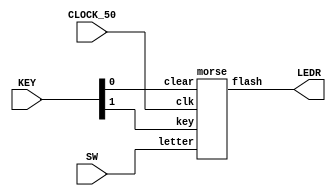
//Morse encoder with rate divider

//inputs
//SW[2:0]:		letter from s to z (000 = s ... 111 = z)
//KEY[0]:		reset (active low)
//KEY[1]:	 	process input (go)

//output
//LEDR[0]		output morse code


module morse_encoder(SW, KEY, CLOCK_50, LEDR);
	input [2:0] SW; 
	input [1:0] KEY;
	input CLOCK_50;
	output [0:0] LEDR;
	
	morse m(SW[2:0], KEY[1], CLOCK_50, KEY[0], LEDR[0]);
endmodule

module morse(letter, key, clk, clear, flash);
	input [2:0] letter;
	input key, clk, clear;
	
	wire [13:0] morse_code;
	
	output flash;
	
	wire [27:0] result;
	
	lut l(letter, morse_code);
	
	//2 Hz (d = 24,999,999)
	rate_divider rd(28'b0001011111010111100000111111, clk, clear, result);
	
	assign enable = (result == 28'b0000000000000000000000000000 ? 1 : 0);

	shifter s(morse_code, 1'b1, key, enable, clear, flash);
	
endmodule


module lut(letter,LUTout);
	input [2:0] letter;
	output [13:0] LUTout;
	
	reg [13:0] LUTout;
	
	always @(*)
	begin
		case (letter)
			3'b000: LUTout = 14'b00000000010101;
			3'b001: LUTout = 14'b00000000000111;
			3'b010: LUTout = 14'b00000001110101;
			3'b011: LUTout = 14'b00000111010101;
			3'b100: LUTout = 14'b00000111011101;
			3'b101: LUTout = 14'b00011101010111;
			3'b110: LUTout = 14'b01110111010111;
			3'b111: LUTout = 14'b00010101110111;
			default: LUTout = 14'b00000000000000;
		endcase
	end
endmodule

module rate_divider(d, clk, clear, q);
	input [27:0] d;
	input clk, clear;
	output [27:0] q;
	reg [27:0] q;
	
	always @(posedge clk)
	begin
		if (clear == 1'b0)
			q <= 28'b0000000000000000000000000000;
		else if (q == 28'b0000000000000000000000000000)
			q <= d;
		else if (d == 28'b0000000000000000000000000000)
			q <= d;
		else
			q <= q - 1'b1;
	end
endmodule

module shifter(load_val, ShiftRight, load_n, clk, reset_n, shift_out);
	input [13:0] load_val;
	input load_n, ShiftRight, clk, reset_n;
	wire [13:0] Q;
	
	output shift_out;
	
	//Q[0] to LEDR[0]
	assign shift_out = Q[0];

	shifter_bit s1(
					.load_val(load_val[13]),
					.in(1'b0),
					.shift(ShiftRight),
					.load_n(load_n),
					.clk(clk),
					.reset_n(reset_n),
					.out(Q[13])
					);
	
	shifter_bit s2(
					.load_val(load_val[12]),
					.in(Q[13]),
					.shift(ShiftRight),
					.load_n(load_n),
					.clk(clk),
					.reset_n(reset_n),
					.out(Q[12])
					);
					
	shifter_bit s3(
					.load_val(load_val[11]),
					.in(Q[12]),
					.shift(ShiftRight),
					.load_n(load_n),
					.clk(clk),
					.reset_n(reset_n),
					.out(Q[11])
					);
	
	shifter_bit s4(
					.load_val(load_val[10]),
					.in(Q[11]),
					.shift(ShiftRight),
					.load_n(load_n),
					.clk(clk),
					.reset_n(reset_n),
					.out(Q[10])
					);
	
	shifter_bit s5(
					.load_val(load_val[9]),
					.in(Q[10]),
					.shift(ShiftRight),
					.load_n(load_n),
					.clk(clk),
					.reset_n(reset_n),
					.out(Q[9])
					);
					
	shifter_bit s6(
					.load_val(load_val[8]),
					.in(Q[9]),
					.shift(ShiftRight),
					.load_n(load_n),
					.clk(clk),
					.reset_n(reset_n),
					.out(Q[8])
					);
					
	shifter_bit s7(
					.load_val(load_val[7]),
					.in(Q[8]),
					.shift(ShiftRight),
					.load_n(load_n),
					.clk(clk),
					.reset_n(reset_n),
					.out(Q[7])
					);
					
	shifter_bit s8(
					.load_val(load_val[6]),
					.in(Q[7]),
					.shift(ShiftRight),
					.load_n(load_n),
					.clk(clk),
					.reset_n(reset_n),
					.out(Q[6])
					);
					
	shifter_bit s9(
					.load_val(load_val[5]),
					.in(Q[6]),
					.shift(ShiftRight),
					.load_n(load_n),
					.clk(clk),
					.reset_n(reset_n),
					.out(Q[5])
					);
					
	shifter_bit s10(
					.load_val(load_val[4]),
					.in(Q[5]),
					.shift(ShiftRight),
					.load_n(load_n),
					.clk(clk),
					.reset_n(reset_n),
					.out(Q[4])
					);
					
	shifter_bit s11(
					.load_val(load_val[3]),
					.in(Q[4]),
					.shift(ShiftRight),
					.load_n(load_n),
					.clk(clk),
					.reset_n(reset_n),
					.out(Q[3])
					);
					
	shifter_bit s12(
					.load_val(load_val[2]),
					.in(Q[3]),
					.shift(ShiftRight),
					.load_n(load_n),
					.clk(clk),
					.reset_n(reset_n),
					.out(Q[2])
					);
					
	shifter_bit s13(
					.load_val(load_val[1]),
					.in(Q[2]),
					.shift(ShiftRight),
					.load_n(load_n),
					.clk(clk),
					.reset_n(reset_n),
					.out(Q[1])
					);
					
	shifter_bit s14(
					.load_val(load_val[0]),
					.in(Q[1]),
					.shift(ShiftRight),
					.load_n(load_n),
					.clk(clk),
					.reset_n(reset_n),
					.out(Q[0])
					);
					

endmodule	

module shifter_bit(load_val, in, shift, load_n, clk, reset_n, out);
	input load_val, in, shift, load_n, clk, reset_n;
	output out;
	
	wire data_from_other_mux;
	wire data_to_dff;
	
	mux2to1 M1(
				.x(out), //parallel load value
				.y(in),
				.s(shift),
				.m(data_from_other_mux) //outputs to flipflop
				);
				
	mux2to1 M2(
				.x(load_val), //parallel load value
				.y(data_from_other_mux),
				.s(load_n),
				.m(data_to_dff) //outputs to flipflop
				);
				
	flipflop F0(
				.d(data_to_dff), //input to flipflop
				.clk(clk),
				.reset_n(reset_n), //synchronous active low reset
				.Q(out) //output from flipflop
				);
	
endmodule	
	
module flipflop(d, clk, reset_n, Q);
	input d, clk, reset_n;
	output Q;
	reg Q;
	
	always @(posedge clk)
	
	begin
		if (reset_n == 1'b0)
			Q <= 0;
		else
			Q <= d;
	end
endmodule
	

module mux2to1(x, y, s, m);
    input x; //selected when s is 0
    input y; //selected when s is 1
    input s; //select signal
    output m; //output
  
    assign m = s & y | ~s & x;
    // OR
    // assign m = s ? y : x;

endmodule


module hex(hex_digit, segments); //hex decoder
    input [3:0] hex_digit;
    output reg [6:0] segments;
   
    always @(*)
        case (hex_digit)
            4'h0: segments = 7'b100_0000;
            4'h1: segments = 7'b111_1001;
            4'h2: segments = 7'b010_0100;
            4'h3: segments = 7'b011_0000;
            4'h4: segments = 7'b001_1001;
            4'h5: segments = 7'b001_0010;
            4'h6: segments = 7'b000_0010;
            4'h7: segments = 7'b111_1000;
            4'h8: segments = 7'b000_0000;
            4'h9: segments = 7'b001_1000;
            4'hA: segments = 7'b000_1000;
            4'hB: segments = 7'b000_0011;
            4'hC: segments = 7'b100_0110;
            4'hD: segments = 7'b010_0001;
            4'hE: segments = 7'b000_0110;
            4'hF: segments = 7'b000_1110;   
            default: segments = 7'h7f;
        endcase
endmodule